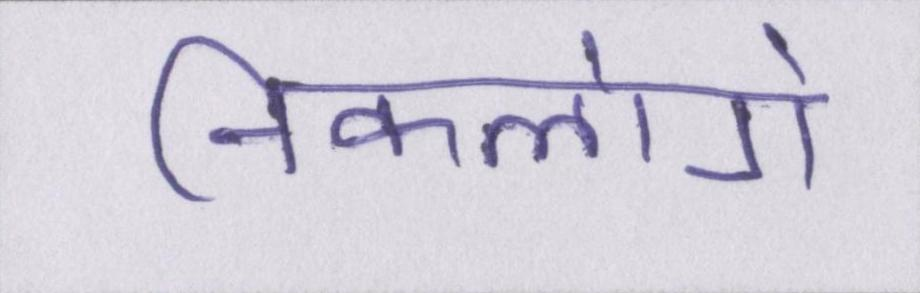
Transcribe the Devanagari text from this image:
निकलोगे